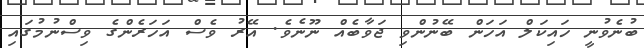
ބުނެވުނީ ހައިކަލް އަހަން ބޭނުންވި ޖަވާބެއް ނޫނެވެ. އޭރު ވެސް އަހަރެންގެ ވިސްނުމުގައި